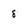
Character: 8